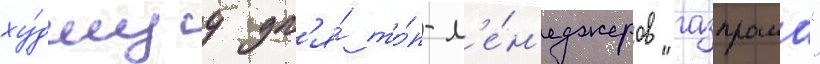
ху́дшуу дл'я́ то́п-м'е́н'еджеров "газпрома"